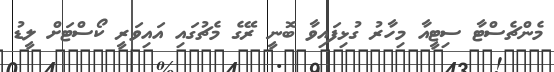
މެންޗެސްޓާ ސިޓީއާ މިހާރު ގުޅިފައިވާ ބޮނީ ރޭގެ މެޗުގައި އައިވަރީ ކޯސްޓަށް ލީޑު